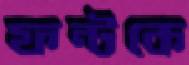
ফন্টকে